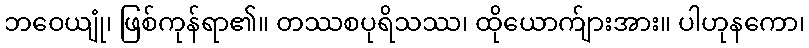
ဘဝေယျုံ၊ ဖြစ်ကုန်ရာ၏။ တဿစပုရိသဿ၊ ထိုယောက်ျားအား။ ပါဟုနကော၊